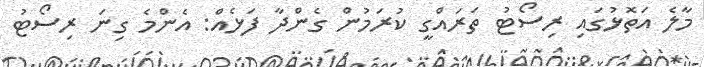
މާލެ އަތޮޅުގައި ރިސޯޓު ތަރައްގީ ކުރަމުން ގެންދާ ފަޅެއް: އެންމެ ގިނަ ރިސޯޓު